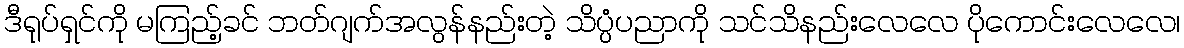
ဒီရုပ်ရှင်ကို မကြည့်ခင် ဘတ်ဂျက်အလွန်နည်းတဲ့ သိပ္ပံပညာကို သင်သိနည်းလေလေ ပိုကောင်းလေလေ၊